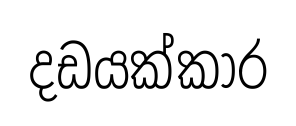
දඩයක්කාර